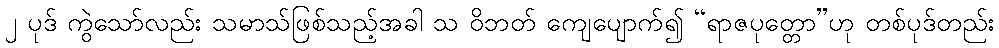
၂ ပုဒ် ကွဲသော်လည်း သမာသ်ဖြစ်သည့်အခါ သ ဝိဘတ် ကျေပျောက်၍ “ရာဇပုတ္တော”ဟု တစ်ပုဒ်တည်း